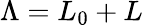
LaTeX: \Lambda=L_{0}+L